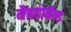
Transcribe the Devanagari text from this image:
मैकडोनैल्ड